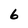
Character: 6